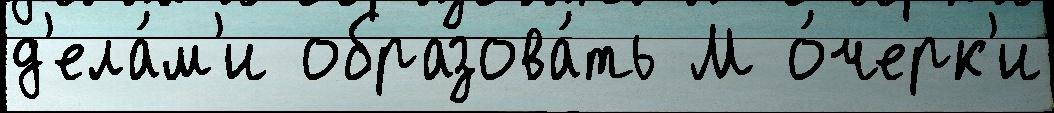
д'ела́м'и образова́ть М о́черк'и